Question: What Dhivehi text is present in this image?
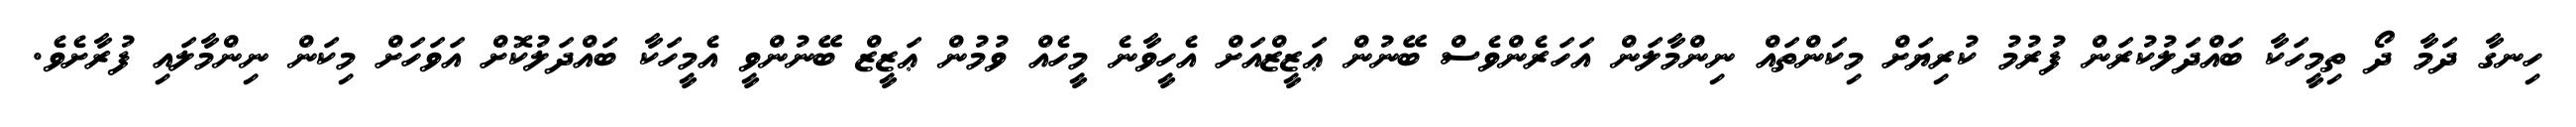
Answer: ހިނގާ ދަމާ ދޯ ތިމީހަކާ ބައްދަލުކުރަން ފުރުމު ކުރިޔަށް މިކަންތައް ނިންމާލަން އަހަރެންވެސް ބޭނުން ޢަޒީޒްއަށް އެހީވާނެ މީހެއް ވުމުން ޢަޒީޒް ބޭނުންވީ އެމީހަކާ ބައްދަލުކޮށް އަވަހަށް މިކަން ނިންމާލައި ފުރާށެވެ.